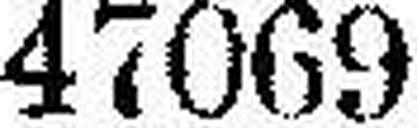
47069